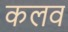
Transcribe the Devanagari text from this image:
कलव